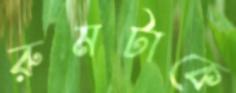
রুমটাকে